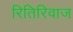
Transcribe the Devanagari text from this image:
रितिरिवाज